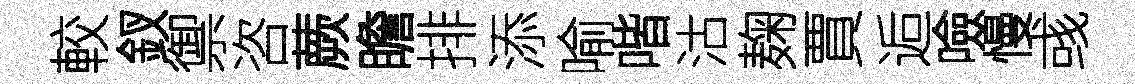
較釵禦咨蕨瞻排添喻喈沽麹賈逅噞慢彧